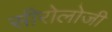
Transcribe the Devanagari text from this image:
सीरोलोजी